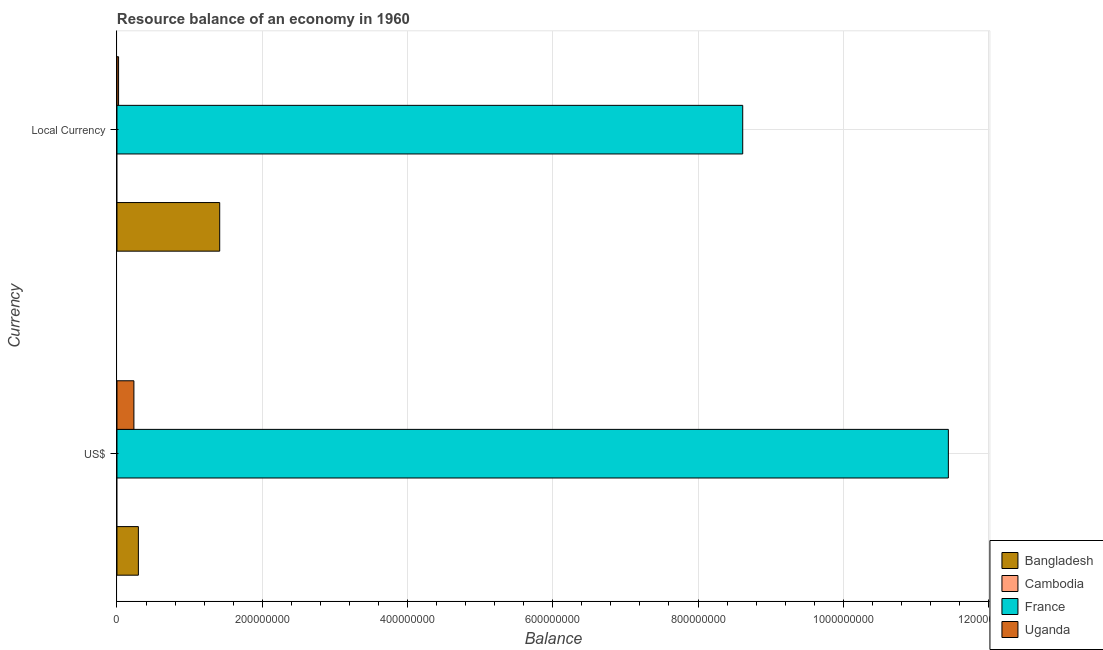
| Currency | Bangladesh | Cambodia | France | Uganda |
 | --- | --- | --- | --- | --- |
 | US$ | 2.95e+07 | -5.14e+07 | 1.14e+09 | 2.33e+07 |
 | Local Currency | 1.41e+08 | -1.8e+09 | 8.62e+08 | 2.22e+06 |